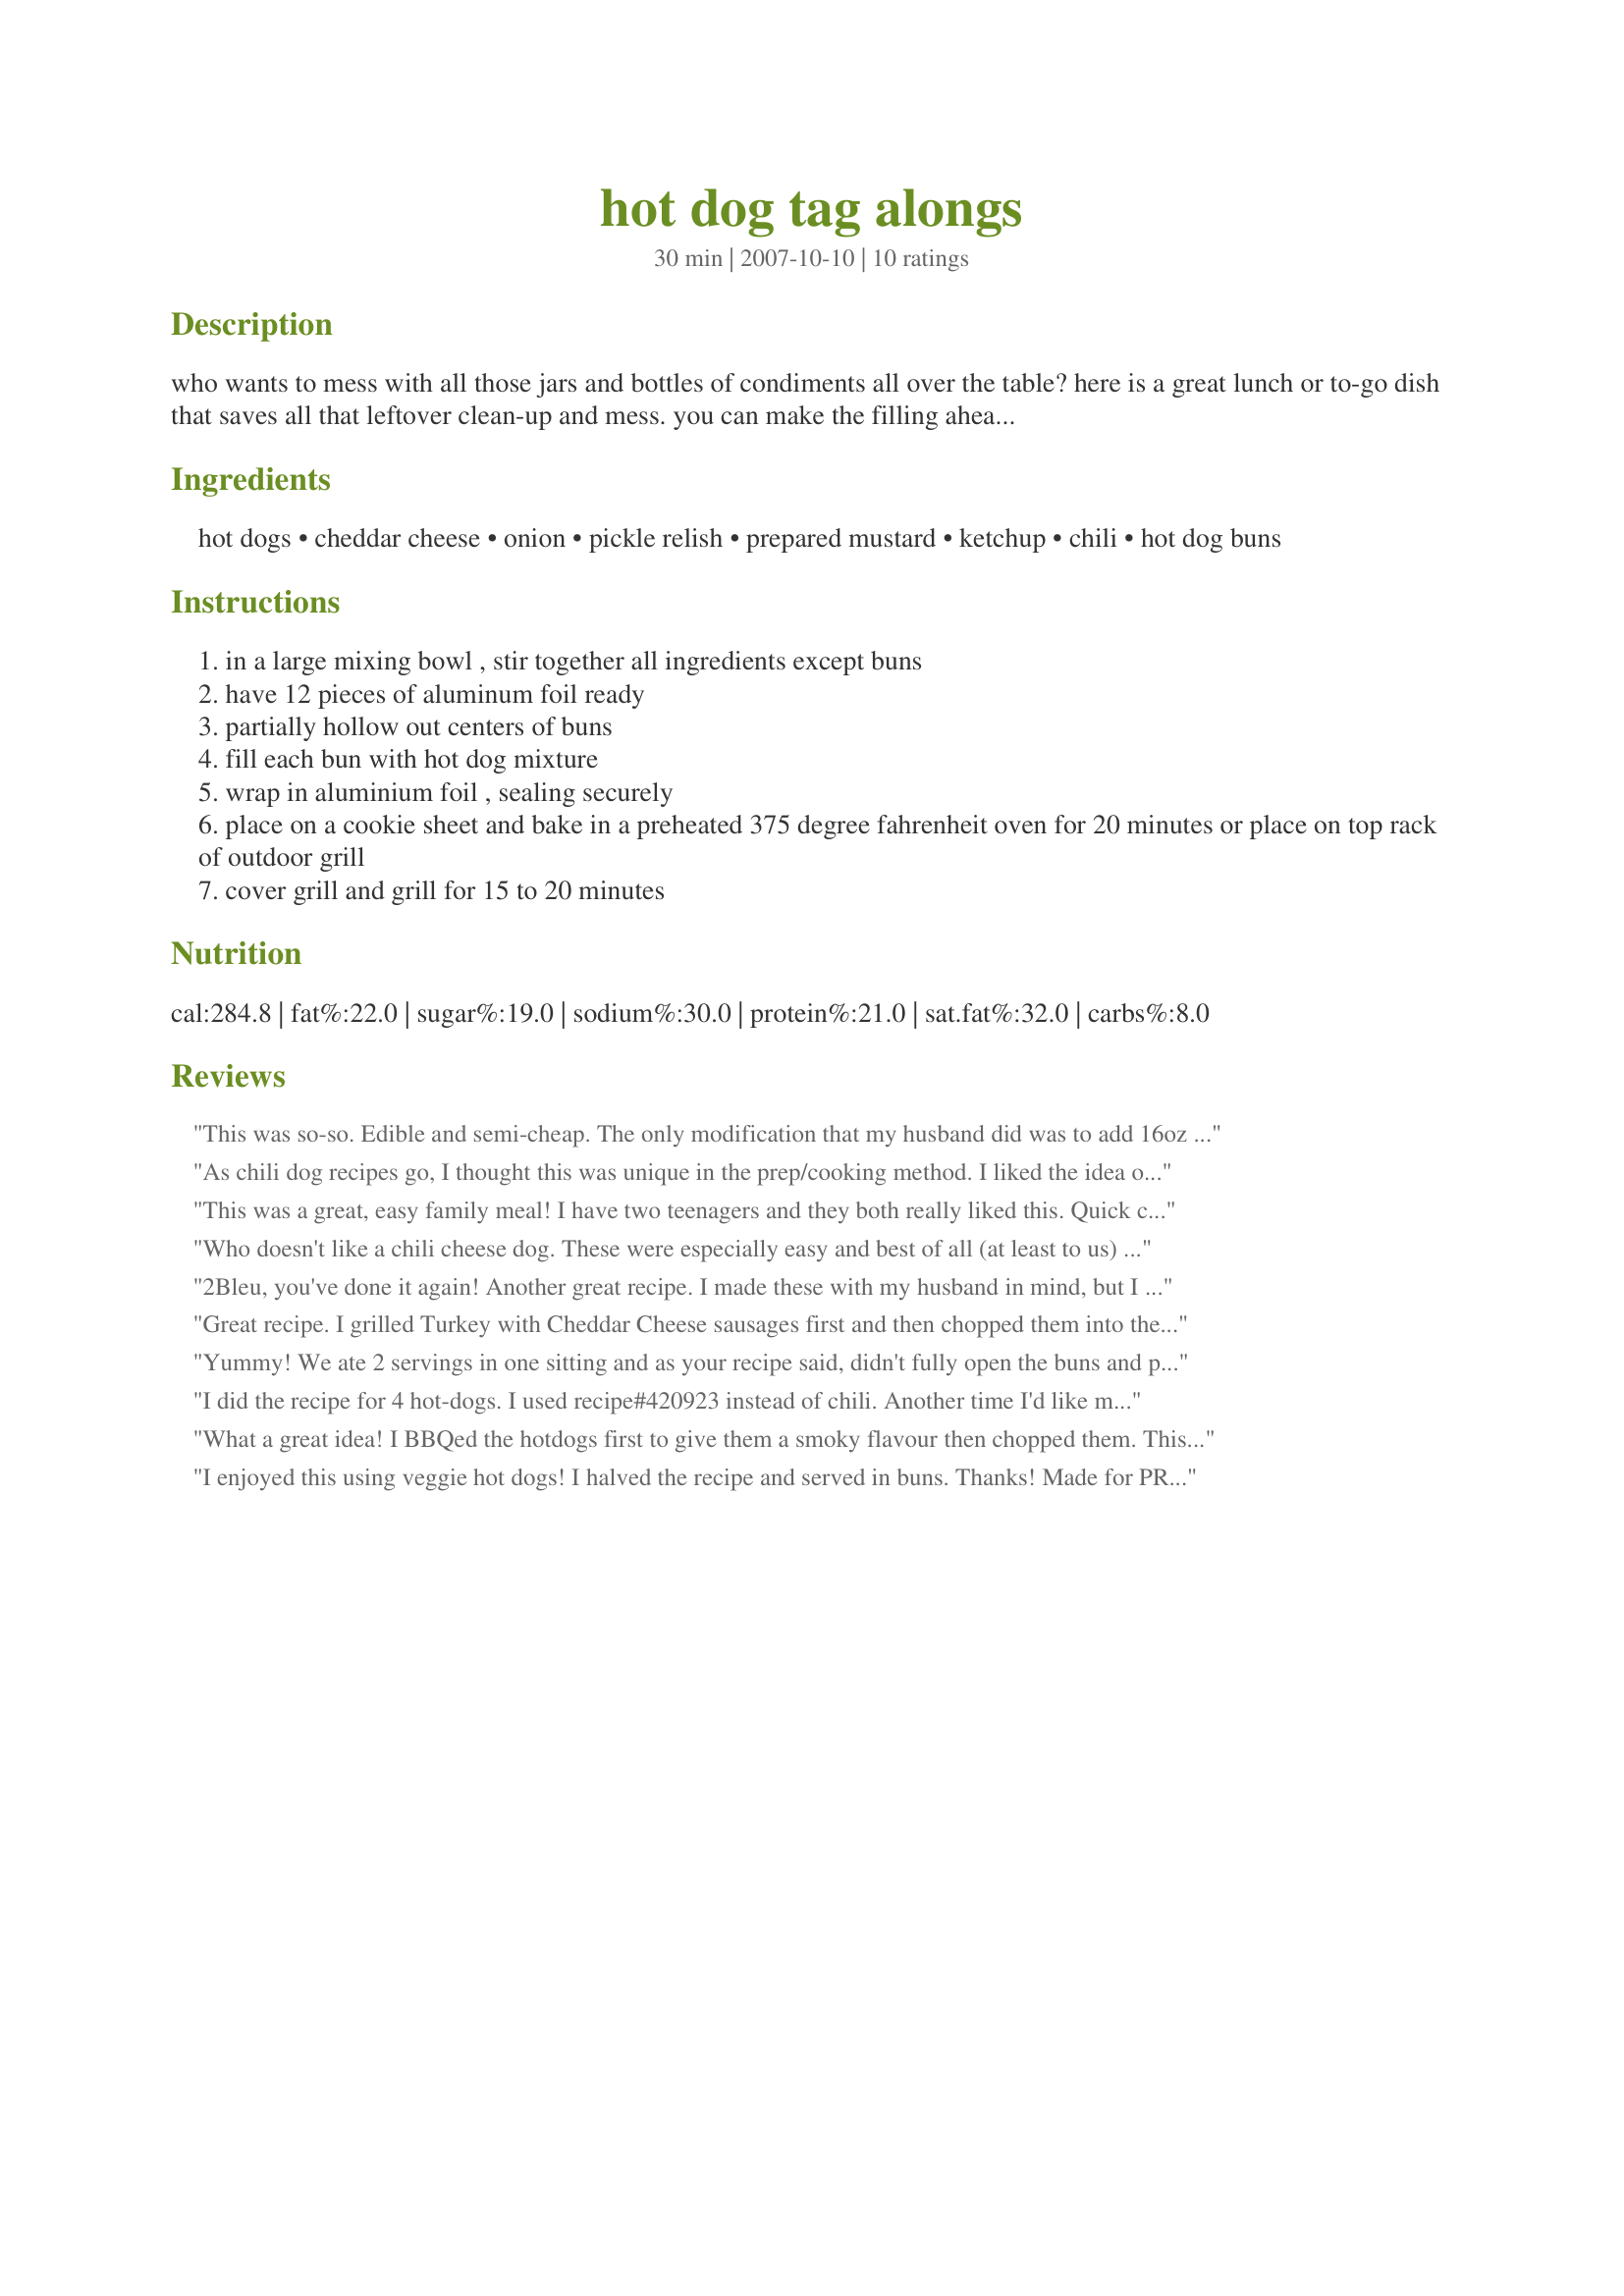
hot dog tag alongs
Preparation time: 30 minutes

who wants to mess with all those jars and bottles of condiments all over the table? here is a great lunch or to-go dish that saves all that leftover clean-up and mess. you can make the filling ahead then assemble them when ready to cook at home, a picnic, or tailgate party. :)

Ingredients:
hot dogs, cheddar cheese, onion, pickle relish, prepared mustard, ketchup, chili, hot dog buns

Steps:
in a large mixing bowl , stir together all ingredients except buns
have 12 pieces of aluminum foil ready
partially hollow out centers of buns
fill each bun with hot dog mixture
wrap in aluminium foil , sealing securely
place on a cookie sheet and bake in a preheated 375 degree fahrenheit oven for 20 minutes or place on top rack of outdoor grill
cover grill and grill for 15 to 20 minutes

Reviews:
This was so-so. Edible and semi-cheap. The only modification that my husband did was to add 16oz of chili instead of 8oz. There was just something strange in the taste. All I could taste personally was the pickle relish.
As chili dog recipes go, I thought this was unique in the prep/cooking method. I liked the idea of hollowing out the hot dog buns, though mine got squished so there wasn't much to work with, lol! I appreciated the other reviewer's tip about just pushing the hollow into the bun instead of removing actual bun material, which would affect the integrity of the bun. This was messy since I couldn't make good hollows. The time/temp were perfect and liked baking these in the aluminum foil. I accidentally added too much onion, and that was bf's only complaint. I used a package of 10 Jenny 'O Turkey Franks, a 15oz can of Wal-Mart brand chili (which had all ingreds that were friendly to my IBS diet except the beef, but I haven't found a canned turkey chili I like yet). Obviously if you use an icky canned chili, it could ruin the entire recipe. The recipe calls for a small onion, so make sure you stick to that. I ended up with just over a cup from 3/4 of what I thought was a small onion, and a handful of leftover onion and for two onion lovers, we both thought it was too much. I added shredded cheddar to my bf's hot dogs separately and made mine without (for dietary reasons). I also did not assemble all 12 (btw I only had an 8 ct package of buns), but just made 4 for bf and me. The rest of the filling will prob freeze well. This was VERY quick and fit the bill for a night when I just had no energy to cook. Followed the rest of the recipe as directed. Very good! Made for PRMR. Thanks for sharing 2bleu! :) Btw, I liked the ratio of 10 hot dogs to 15oz of chili; as the recipe states it would seem the hot dogs would overwhelm the chili too much for my preferences. ETA: Made these again tonight, bf decided to speak his mind, "Why'd you cut the hot dogs up? They're a pain in the butt to eat that way." Lol! I told him I had to for the recipe game, because it would ruin the integrity of the recipe. He was actually sincerely annoyed by this, but understood why I kept to the recipe. I'm not going to change the star rating b/c of this, although it's good to keep in mind for picky eaters and traditionalists b/c it's one of the main features that makes this recipe different than other chili dogs, this might affect the ratings for some people.
This was a great, easy family meal! I have two teenagers and they both really liked this. Quick clean up too. :) Prepared for "Please Review My Recipe Tag 2007".
Who doesn't like a chili cheese dog. These were especially easy and best of all (at least to us) not very messy. The only changes I made was to use onion powder instead of onions, use two cans of chili.. with and without beans (only DF likes beans) and also after taking some small pinches from two of the buns I realized It was starting to break up the roll, no matter how little I took so for the rest I just used the tips of my fingers and pressed a crevasse into each side - this seemed to work perfectly. Id like to try this with homemade chili also. Thanks for a great recipe 2Bleu
2Bleu, you've done it again! Another great recipe. I made these with my husband in mind, but I really enjoyed them too. So easy to prepare as well. I cut the hot dogs in half the long way, then sliced off small peices. I used a full 15 oz. can of SPICY chili with beans, just because I didn't want to have any chili leftover. I'm glad I used the whole can...that's how I'll do it in the future as well. (Also stretches it to go a bit farther). Thanks for sharing this husband friendly, easy, tasty meal.
Great recipe. I grilled Turkey with Cheddar Cheese sausages first and then chopped them into the mix. Also used hoagie rolls which I sprayed with Pam and broiled until slightly crisp. They really retained their shape and didn't get at all soggy even when heated in the microwave two days later. Used Hormel chili without beans. Great idea for camping. Just freeze the mix and stick it in a cooler.
Yummy! We ate 2 servings in one sitting and as your recipe said, didn't fully open the buns and pushed inside the corners the mix. I also used Recipe #7047 adding also some ready made one we had. Thanks!
I did the recipe for 4 hot-dogs. I used recipe#420923 instead of chili. Another time I'd like more spaghetti sauce in it and more cheese. Next time we'll grease the aluminium foil cause the cheese stuck to it. We cooked them on the bbq at low heat for 15 minutes. 2 were burned. So we won't do them on the bbq but I'll try in the oven. Thanks 2Bleu :) Made for PRMR tag game
What a great idea! I BBQed the hotdogs first to give them a smoky flavour then chopped them. This made much more than 12, but we didn't mind in the least! I'm packing the leftovers in the freezer for a quick lunch.
I enjoyed this using veggie hot dogs! I halved the recipe and served in buns. Thanks! Made for PRMR game.
